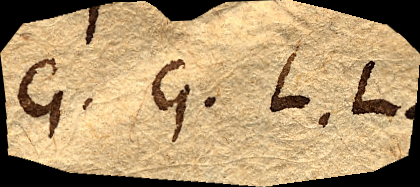
G. G. L. L.